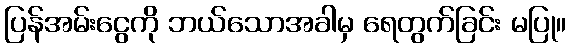
ပြန်အမ်းငွေကို ဘယ်သောအခါမှ ရေတွက်ခြင်း မပြု။